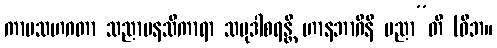
ကာမသဟဂတာ သညာမနသိကာရာ သမုဒါစရန္တိ ဟာနဘာဂိနီ ပညာ”တိ (ဝိဘ။